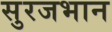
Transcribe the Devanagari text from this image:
सुरजभान